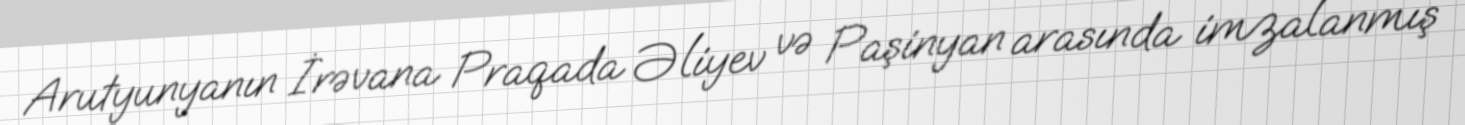
Arutyunyanın İrəvana Praqada Əliyev və Paşinyan arasında imzalanmış